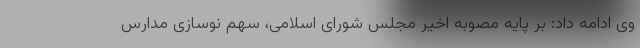
وی ادامه داد: بر پایه مصوبه اخیر مجلس شورای اسلامی، سهم نوسازی مدارس